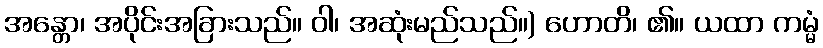
အန္တော၊ အပိုင်းအခြားသည်။ ဝါ၊ အဆုံးမည်သည်။) ဟောတိ၊ ၏။ ယထာ ကမ္မံ